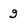
Character: 9